画像に写った文字を読んでください
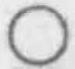
「○」と書いてあります